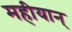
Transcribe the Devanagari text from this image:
महीयान्‌